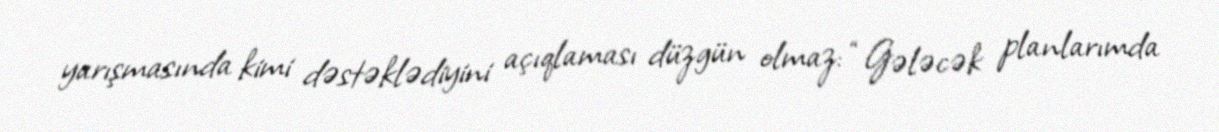
yarışmasında kimi dəstəklədiyini açıqlaması düzgün olmaz: “Gələcək planlarımda